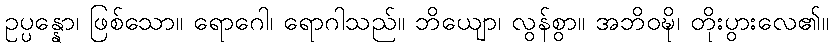
ဥပ္ပန္နော၊ ဖြစ်သော။ ရောဂေါ၊ ရောဂါသည်။ ဘိယျော၊ လွန်စွာ။ အဘိဝဍ္ဎိ၊ တိုးပွားလေ၏။